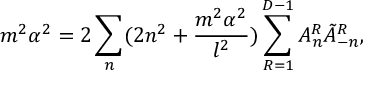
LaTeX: m ^ { 2 } \alpha ^ { 2 } = 2 \sum _ { n } ( 2 n ^ { 2 } + \frac { m ^ { 2 } \alpha ^ { 2 } } { l ^ { 2 } } ) \sum _ { R = 1 } ^ { D - 1 } A _ { n } ^ { R } \tilde { A } _ { - n } ^ { R } ,